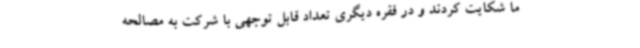
ما شکایت کردند و در فقره دیگری تعداد قابل توجهی با شرکت به مصالحه